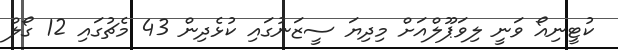
ކުޓީނިއޯ ވަނީ ލިވަޕޫލްއަށް މިދިޔަ ސީޒަނުގައި ކުޅެދިން 43 މެޗުގައި 12 ގޯލް